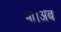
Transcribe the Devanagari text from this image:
था।अब